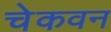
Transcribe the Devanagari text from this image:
चेकवन